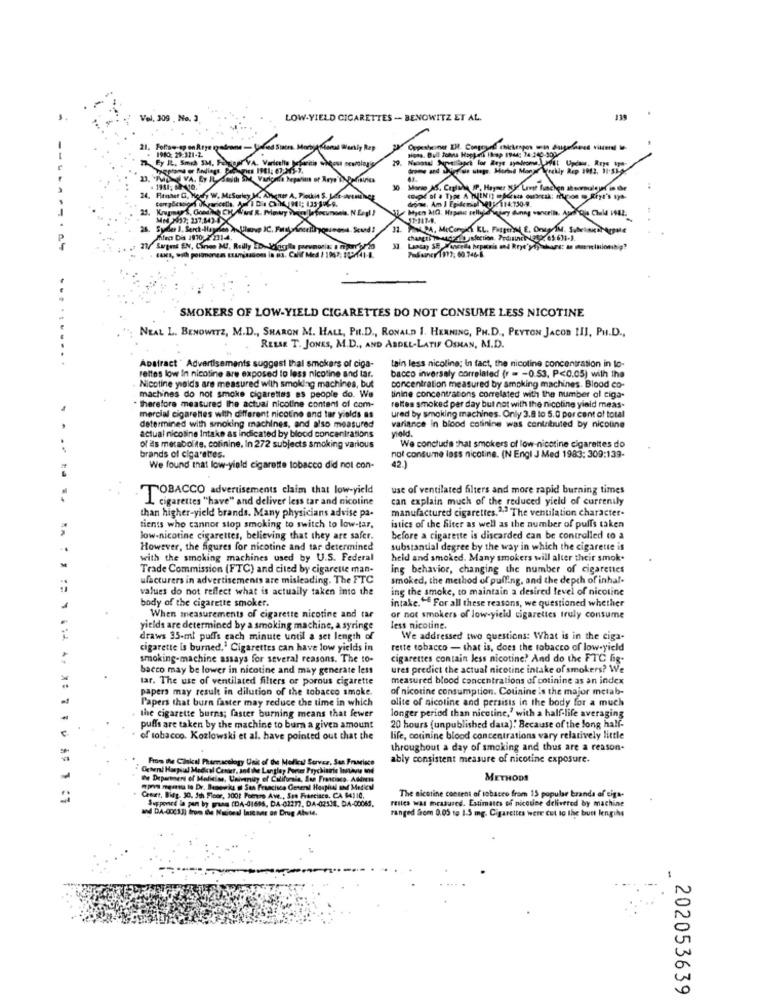
Vel. 309 , No. 3
LOW-YIELD CIGARETTES -- BENOWITZ ET AL.
139
-
1980: 29-321-2
Mor
Fy IL. Smch SM, Felgigar"V
a
1981; 6 10.
30
24. Renter G, Hogy W. McSorley M. A)
Pouin S. L
25.
Med 1997, 237,843-0
WR. Mowy
Miles Dis 2010 7-231-4.
changir maddiedis infection. PediinceNERO
27/ Sugest EN, Cines MI, Reilly ED
Laaday SE Wascella heparis and Rryd'yly hans: an minionsh
Pudainer 1973, 60.746-B.
SMOKERS OF LOW-YIELD CIGARETTES DO NOT CONSUME LESS NICOTINE
NEAL L. BENOWITZ, M.D ., SHARON M. HALL, PH.D ., RONALD 1. HENNING, PH.D ., PEYTON JAcon III, PH.D .,
RELSE T. JONES, M.D ., AND ABDEL-LATIF OSMAN, M.D.
.......
Abstract " Advertisements suggest thal smokers of ciga-
tain less nicoline; In fact, the nicotine concentration in to-
Nicotine yolds are measured with smoking machines, but
rettes low in nicotine are exposed to less nicotine and tar.
bacco inversely correlated (r = - 0.53, P<0.05) with the
concentration measured by smoking machines. Blood co-
4
machines do not smoke cigarettes es people do. We
linine concentrations correlated with the number ol ciga-
therefore measured the actual nicoline content of com-
rettes smoked per day but not with the nicotine yield meas-
mercial cigarettes with different nicotine and tar yields as
ured by smoking machines. Only 3.8 lo 5.0 por cent of total
determined with smoking machines, and also measured
actual nicoline Intake as indicated by blood concentrations
variance in blood cotinine was contributed by nicoline
yield.
of ils metabolite, colinine, In 272 subjects smoking various
We conclude that smokers of low-nicotine cigarettes do
brands of cigarettes.
not consume lass nicotine. (N Engl J Med 1983: 309:139-
We found that low-yield cigarette tobacco did not con-
42.
use of ventilated filters and more rapid burning times
TOBACCO advertisements claim that low-yield
L. cigarettes "have" and deliver less tar and nicotine
can explain much of the reduced yield of currently
than higher-yield brands. Many physicians advise pa-
manufactured cigarettes." The ventilation character-
tients who cannor stop smoking to switch to low-tar.
istics of the filter as well as the number of puffs taken
low-nicotine cigarettes, believing that they are safer.
before a cigarette is discarded can be controlled to a
However, the figures for nicotine and tar determined
substantial degree by the way in which the cigarette is
with the smoking machines used by U.S. Federal
held and smoked. Many smokers will alter their smok.
Trade Commission (FTC) and cited by cigarette man-
ing behavior, changing the number of cigarettes
ufacturers in advertisements are misleading. The FTC
smoked, the method of puffing, and the depth of inha !-
values do not reflect what is actually taken into the
ing the smoke, to maintain a desired level of nicotine
body of the cigarette smoker.
intake. For all these reasons, we questioned whether
When measurements of cigarette nicotine and tar
or not smokers of low-yield cigarettes truly consume
yields are determined by a smoking machine, a syringe
less nicotine.
draws 35-ml puffs each minute until a set length of
We addressed two questions: What is in the ciga-
cigarette is burned,' Cigarettes can have low yields in
rette tobacco - that is, does the tobacco of low-yield
smoking-machine assays for several reasons. The to-
cigarettes contain less nicotine? And do the FTC fig-
bacco may be lower in nicotine and may generate less
ures predict the actual nicotine intake of smokers? We
tar. The use of ventilated filters of porous cigarette
measured blood concentrations of cotinine as an index
papers may result in dilution of the tobacco smoke.
of nicotine consumption. Counine Is the major metab-
Papers that burn faster may reduce the time in which
olite of nicotine and persists in the body for a much
the cigarette burns; faster burning means that fewer
longer period than nicotine,' with a half-life averaging
puffs are taken by the machine to burn a given amount
20 hours (unpublished data). Because of the long half-
of tobacco. Kozlowski et al. have pointed out that the
life, corinine blood concentrations vary relatively little
throughout a day of smoking and thus are a reason-
From the Ciskal Pharmacology Unis of this Mollcal Server, San Francisco
ably consistent measure of nicotine exposure.
Ccheri Harpiul Medical Center, and the Langley Porter Prychiarie Instavir In
De Department of Medicine, Univmuy of Clifomie
METHODS
poya mpursu to Dr. Denewks of San Francisco General Hospital and Medical
Cemet, Bisg. 10. 5th Floor, 1001 Poetre Ave ., San Francisco, CA 64110.
Suppened la pan by grass (DA-01686, DA-02277, DA-02538. DA-00063.
The nicotine content of tobacco from 15 popular branda of eiga-
and DA-00033) from the National Inie ves an Drug Alwild.
Felles was measured. Estimates of niccune delivered by machine
ranged from 0.05 to 1.5 mg. Cigarettes were cut to the butt lengths
-
202053639